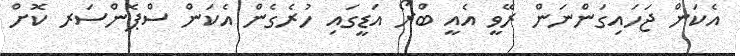
އެކަން ޖަހައިގަންނަން ރޭވީ އެއީ ބްރޯ އަޑީގައި ހުރެގެން އެކަން ސްޕޮންސަރ ކޮށް